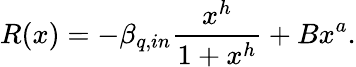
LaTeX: R(x)=-\beta_{q,in}\frac{x^{h}}{1+x^{h}}+Bx^{a}.